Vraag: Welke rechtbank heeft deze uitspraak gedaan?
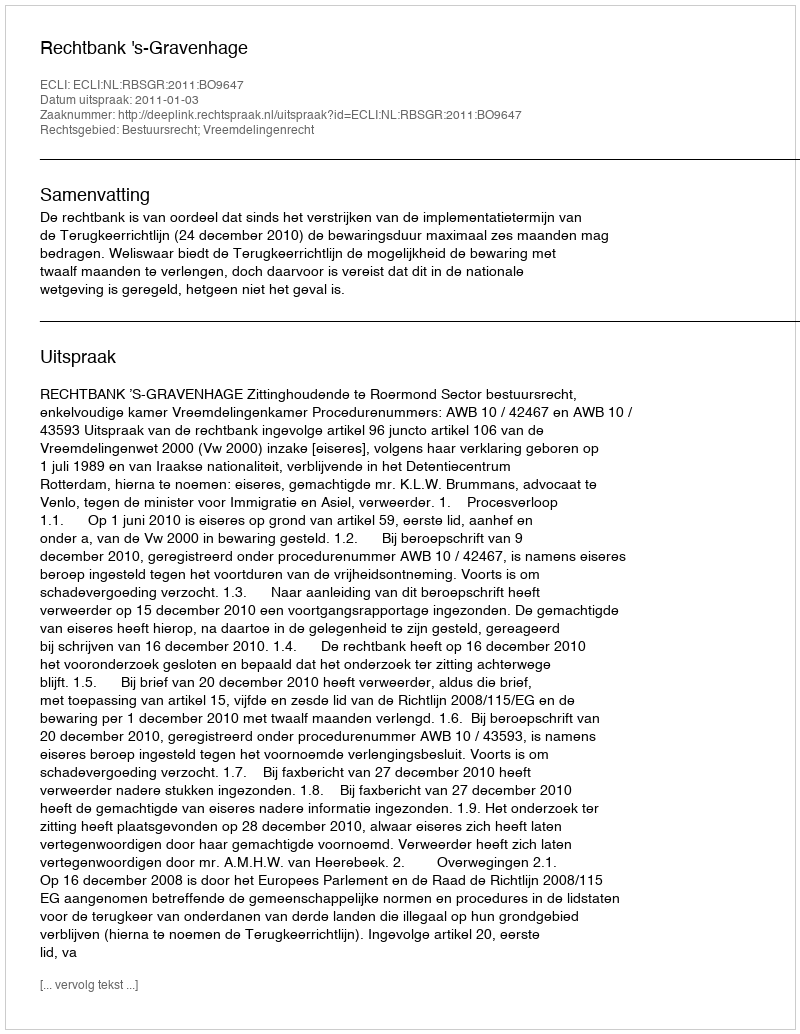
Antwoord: Rechtbank 's-Gravenhage